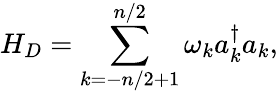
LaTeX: H_{D}=\sum_{k=-n/2+1}^{n/2}\omega_{k}a_{k}^{\dagger}a_{k},